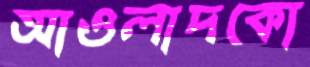
আওলাদকো